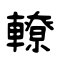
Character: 轑